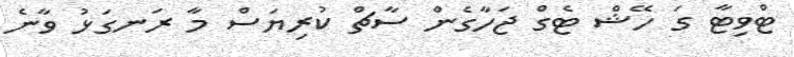
ޓްވިޓާ ގަ ހޭޝް ޓެގް ޖަހާގެން ސާޗް ކުރިޔަސް މާ ރަނގަޅު ވާނެ